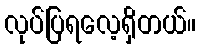
လုပ်ပြရလေ့ရှိတယ်။